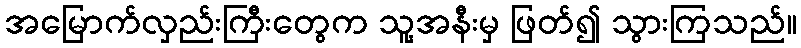
အမြောက်လှည်းကြီးတွေက သူ့အနီးမှ ဖြတ်၍ သွားကြသည်။